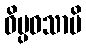
ဝိပ္ပဝသာမိ